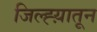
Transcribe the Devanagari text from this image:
जिल्ह्य़ातून